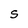
Character: S